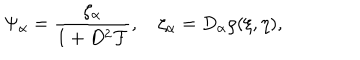
LaTeX: \Psi _ { \alpha } = { \frac { \zeta _ { \alpha } } { 1 + D ^ { 2 } { \cal F } } } , \quad \zeta _ { \alpha } = D _ { \alpha } \rho ( \xi , \eta ) ,